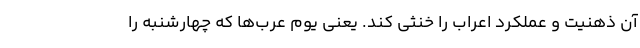
آن ذهنیت و عملکرد اعراب را خنثی کند. یعنی یوم عرب‌ها که چهارشنبه را